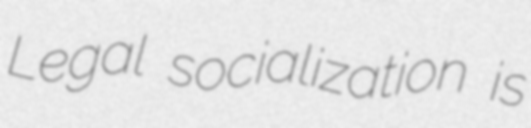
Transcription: Legal socialization is